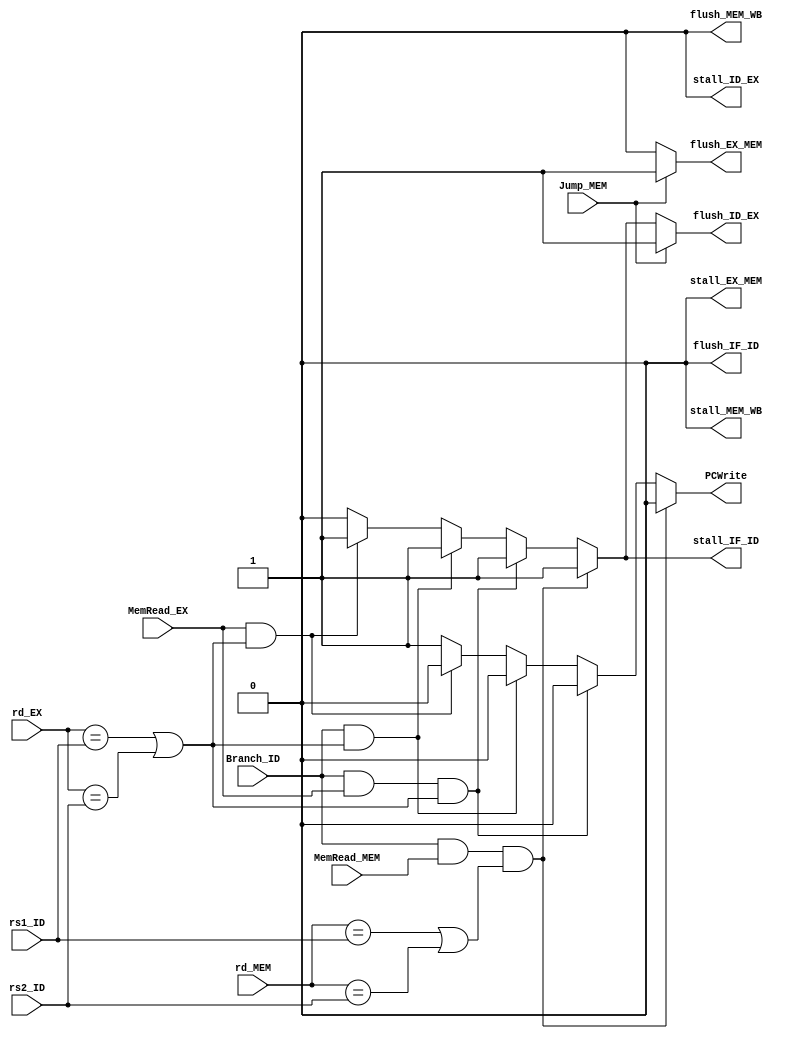
`timescale 1ns / 1ps
//////////////////////////////////////////////////////////////////////////////////
// Company: 
// Engineer: 
// 
// Design Name: 
// Module Name:    hazard 
// Project Name: 
// Target Devices: 
// Tool versions: 
// Description: 
//
// Dependencies: 
//
// Revision: 
// Revision 0.01 - File Created
// Additional Comments: 
//
//////////////////////////////////////////////////////////////////////////////////

module hazard_unit(PCWrite,stall_IF_ID,stall_ID_EX,stall_EX_MEM,stall_MEM_WB,flush_IF_ID,flush_ID_EX,flush_EX_MEM,flush_MEM_WB,rs1_ID,rs2_ID,rd_EX,rd_MEM,MemRead_EX,MemRead_MEM,Branch_ID,Jump_MEM
    );// check load branch hazard
output reg PCWrite;
output reg stall_IF_ID;
output reg stall_ID_EX;
output reg stall_EX_MEM;
output reg stall_MEM_WB;
output reg flush_IF_ID;
output reg flush_ID_EX;
output reg flush_EX_MEM;
output reg flush_MEM_WB;
input [4:0] rs1_ID;
input [4:0] rs2_ID;
input [4:0] rd_EX;
input [4:0] rd_MEM;
input MemRead_MEM;
input MemRead_EX;
input Branch_ID;
input Jump_MEM;
always @(rs1_ID or rs2_ID or rd_EX or rd_MEM or MemRead_MEM or MemRead_EX or Branch_ID or Jump_MEM)//change from *
begin
	PCWrite<=1'b1;
	stall_IF_ID<=1'b0;
	stall_ID_EX<=1'b0;
	stall_EX_MEM<=1'b0;
	stall_MEM_WB<=1'b0;
	flush_IF_ID<=1'b0;
	flush_ID_EX<=1'b0;
	flush_EX_MEM<=1'b0;
	flush_MEM_WB<=1'b0;
	if(MemRead_EX&&((rd_EX==rs1_ID)|(rd_EX==rs2_ID)))// data hazard load
		begin
			stall_IF_ID<=1'b1;
			flush_ID_EX<=1'b1;
			PCWrite<=1'b0;
		end
	if(Branch_ID&&((rd_EX==rs1_ID)|(rd_EX==rs2_ID)))// data hazard load
		begin
			stall_IF_ID<=1'b1;
			flush_ID_EX<=1'b1;
			PCWrite<=1'b0;
		end
	
	if((Branch_ID&MemRead_EX)&&((rd_EX==rs1_ID)|(rd_EX==rs2_ID)))// data hazard load
		begin
			stall_IF_ID<=1'b1;
			flush_ID_EX<=1'b1;
			PCWrite<=1'b0;
		end
	if((Branch_ID&MemRead_MEM)&&((rd_MEM==rs1_ID)|(rd_MEM==rs2_ID)))// data hazard load
		begin
			stall_IF_ID<=1'b1;
			flush_ID_EX<=1'b1;
			PCWrite<=1'b0;
		end
	if(Jump_MEM)
	begin
		//flush_IF_ID<=1'b1;
		flush_ID_EX<=1'b1;
		flush_EX_MEM<=1'b1;
	end
end
endmodule

module forwarding_unit(Forward1,Forward2,Forward3,Forward4,Forward5,rs1_EX,rs2_EX,rd_MEM,rd_WB,RW_MEM,RW_WB,ALUSrc1,ALUSrc2,MemWrite,branch_ID,rs1_ID,rs2_ID
    );
 output reg [1:0] Forward1;//for OP1
 output reg [1:0] Forward2;//for OP2
 output reg [1:0] Forward3;//for rs2_data in store instructions
 output reg [1:0] Forward4;//for Branch rs1
 output reg [1:0] Forward5;//for Branch rs2
 input [4:0] rs1_EX;
 input [4:0] rs2_EX;
 input [4:0] rd_MEM;
 input [4:0] rd_WB;
 input RW_MEM;
 input RW_WB;
 input ALUSrc1;
 input ALUSrc2;
 input MemWrite;
 input branch_ID;
 input [4:0] rs1_ID;
 input [4:0] rs2_ID;
 

 always @(rs1_EX or rs2_EX or rd_MEM or rd_WB or RW_MEM or RW_WB or ALUSrc1 or ALUSrc2 or MemWrite )//change from *
 begin
	if(MemWrite)                           //IF in MEM and RegWRITE MEM then take from MEM else From WB else don't
	begin												//Might have issues with Load instruction
		if(rd_MEM==rs1_EX && RW_MEM==1'b1)		//forwarding for rs2 data/store instructions Stage
			Forward1<=2'b01;
		else if(rd_WB==rs1_EX && RW_WB==1'b1)
			Forward1<=2'b10;
		else Forward1<=2'b00;

		if(rd_MEM==rs2_EX && RW_MEM==1'b1)
			Forward3<=2'b01;
		else if(rd_WB==rs2_EX && RW_WB==1'b1)
			Forward3<=2'b10;
		else Forward3<=2'b00;
	end
	else
	begin													//forwarding for rs1 and rs2 in EX stage
		if(rd_MEM==rs1_EX && RW_MEM==1'b1 && ALUSrc1==1'b0)
			Forward1<=2'b01;
		else if(rd_WB==rs1_EX && RW_WB==1'b1 && ALUSrc1==1'b0)
			Forward1<=2'b10;
		else Forward1<=2'b00;

		if(rd_MEM==rs2_EX && RW_MEM==1'b1 && ALUSrc2==1'b0)
			Forward2<=2'b01;
		else if(rd_WB==rs2_EX && RW_WB==1'b1 && ALUSrc1==1'b0)
			Forward2<=2'b10;
		else Forward2<=2'b00;
	end
 end

 always @(rd_MEM or rd_WB or RW_MEM or RW_WB or branch_ID or rs1_ID or rs2_ID )// 00 regfile| 01 MEM| 10 WB change from *
 begin
	 if(branch_ID)
	 begin
		if(rd_MEM==rs1_ID && RW_MEM==1'b1 )
			Forward4<=2'b01;
		else if(rd_WB==rs1_ID && RW_WB==1'b1)
			Forward4<=2'b10;
		else Forward4<=2'b00;
		
		if(rd_MEM==rs2_ID && RW_MEM==1'b1 )
			Forward5<=2'b01;
		else if(rd_WB==rs2_ID && RW_WB==1'b1)
			Forward5<=2'b10;
		else Forward5<=2'b00;
	end
 end
endmodule